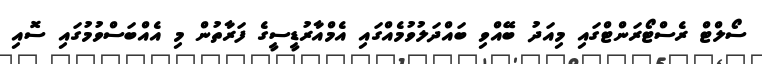
ސޯލްޓް ރެސްޓޯރަންޓްގައި މިއަދު ބޭއްވި ބައްދަލުވުމެއްގައި އެމްއާރުޑީސީގެ ފަރާތުން މި އެއްބަސްވުމުގައި ސޮއި